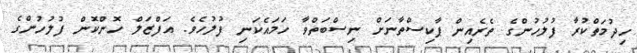
ހިދުމަތްކުރާ ފުލުހުންގެ ތެރެއިން ޕާކިސްތާނަށް ނިސްބަތްވާ ހަމައެކަނި ފުލުހެވެ. އަފްޒަލް ހޮންކޮން ފުލުހުންގެ